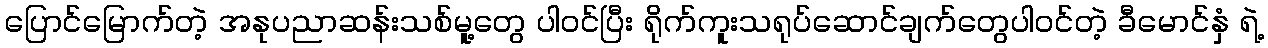
ပြောင်မြောက်တဲ့ အနုပညာဆန်းသစ်မူ့တွေ ပါဝင်ပြီး ရိုက်ကူးသရုပ်ဆောင်ချက်တွေပါဝင်တဲ့ ခီမောင်နှံ ရဲ့